Annual administration report of the Bombay Presidency - 1887-1892
Year: 1887
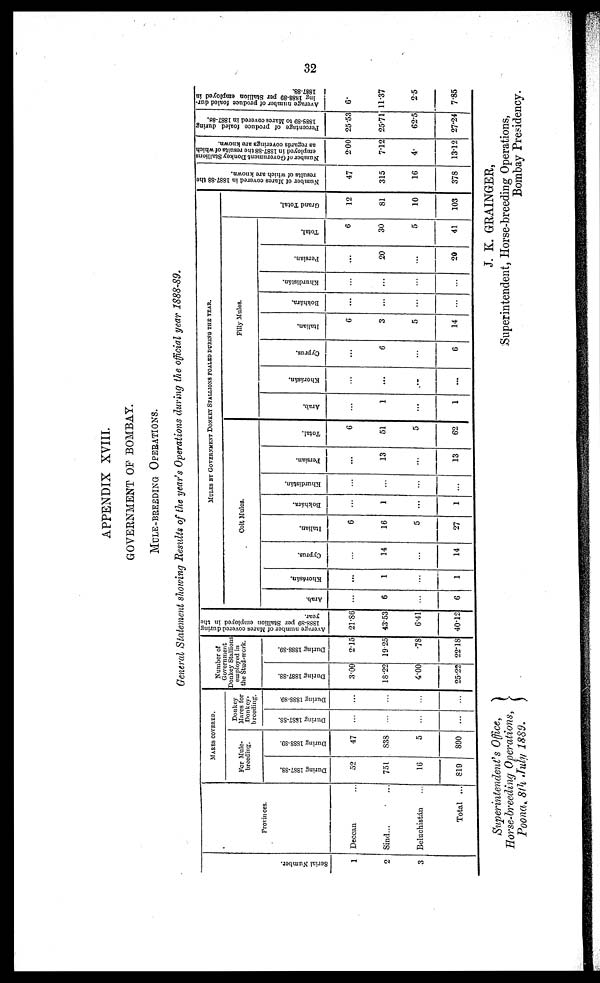
32
APPENDIX XVIII.
GOVERNMENT OF BOMBAY.
MULE-BREEDING OPERATIONS.
General Statement showing Results of the year's Operations during the official year 1888-89.
Serial Number.
1
2
3
Provinces.
Deccan ...
Sind... ...
Beluchistán ...
Total ...
MARES COVERED.
For Mule¬
breeding.
During 1887-88.
52
751
16
819
During 1888-89.
47
838
5
890
Donkey
Mares for
Donkey¬
breeding.
During 1887-88.
...
...
...
...
During 1888-89.
...
...
...
...
Number of
Government
Donkey Stallions
employed in
the Stud-work.
During 1887-88.
3.00
18.22
4.00
25.22
During 1888-89.
2.15
19.25
.78
22.18
Average number of Mares covered during
1888-89 per Stallion employed in the
year.
21.86
43.53
6.41
40.12
MULES BY GOVERNMENT DONKEY STALLIONS FOALED DURING THE YEAR.
Colt Mules.
Arab.
...
6
...
6
Khorásán.
...
1
...
1
Cyprus.
...
14
...
14
Italian.
6
16
5
27
Bokhára.
...
1
...
1
Khurdistán.
...
...
...
...
Persian.
...
13
...
13
Total.
6
51
5
62
Filly Mules.
Arab.
...
1
...
1
Khorásán.
...
...
...
...
Cyprus.
...
6
...
6
Italian.
6
3
5
14
Bokhára.
...
...
...
...
Khurdistán.
...
...
...
...
Persian.
...
20
...
20
Total.
6
30
5
41
Gr a nd Tot al .
12
81
10
103
Number of Mares covered in 1887-88 the
results of which are known.
47
315
16
378
Number of Government Donkey Stallions
employed in 1887-88 the results of which
as regards coverings are known.
2.00
7.12
4.
13.12
Percentage of produce foaled during
1888-89 to Mares covered in 1887-88.
25.53
25.71
62.5
27.24
Average number of produce foaled dur¬
ing 1888-89
per Stallion
employed in
1887-88.
6.
11.37
2.5
7.85
Superintendent's Office,
Horse-breeding Operations,
Poona, 8th July 1889.
J. K. GRAINGER,
Superintendent, Horse-breeding Operations,
Bombay Presidency.